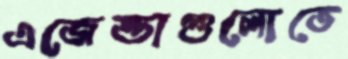
এজেন্ডাগুলোতে